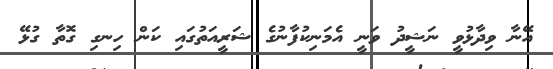
އޭނާ ވިދާޅުވީ ނަޝީދު ވަނީ އެމަނިކުފާނުގެ ޝަރީއަތުގައި ކަން ހިނގި ގޮތާ ގުޅޭ